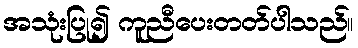
အသုံးပြု၍ ကူညီပေးတတ်ပါသည်။